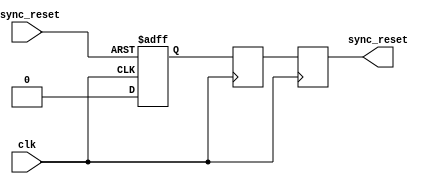
module async_reset_synchronizer #(
    parameter ACTIVE_LOW = 1 // 1 for active-low reset, 0 for active-high reset
)(
    input wire clk,           // Clock input
    input wire async_reset,   // Asynchronous reset input
    output reg sync_reset     // Synchronized reset output
);

    // Internal signals for the dual flip-flop synchronizer
    reg ff1, ff2;

    // Asynchronous reset logic
    always @(posedge clk or negedge async_reset) begin
        if (ACTIVE_LOW ? !async_reset : async_reset) begin
            ff1 <= 1'b1; // Set the first flip-flop high on reset
        end else begin
            ff1 <= 1'b0; // Clear the first flip-flop when reset is released
        end
    end

    // Synchronous reset logic
    always @(posedge clk) begin
        ff2 <= ff1; // Transfer the state of the first flip-flop to the second
    end

    // Output the synchronized reset signal
    always @(posedge clk) begin
        sync_reset <= ff2; // Output the synchronized reset
    end

endmodule